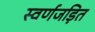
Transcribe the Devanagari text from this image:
स्‍वर्णजड़ित